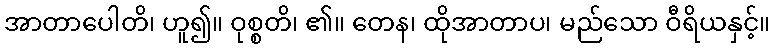
အာတာပေါတိ၊ ဟူ၍။ ဝုစ္စတိ၊ ၏။ တေန၊ ထိုအာတာပ၊ မည်သော ဝီရိယနှင့်။